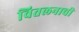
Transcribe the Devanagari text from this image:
वितलनाची